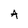
Character: A